Studies on the mouth parts a Comparative anatomy of the proboscis in the blood-sucking muscidae - Number 60
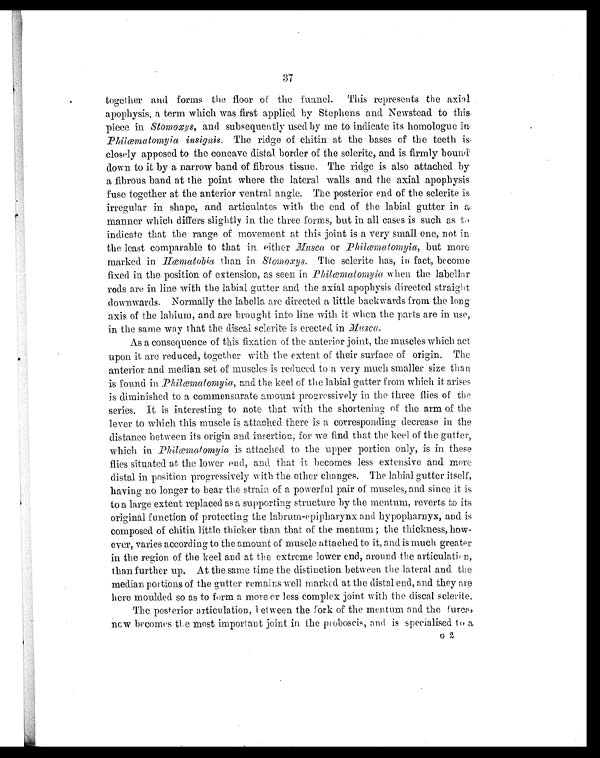
37
together and forms the floor of the funnel. This represents the axial
apophysis, a term which was first applied by Stephens and Newstead to this,
piece in Stomoxys , and subsequently used by me to indicate its homologue in-
Philæmatomyia insignis. The ridge of chitin at the bases of the teeth is.
closely apposed to the concave distal border of the sclerite, and is firmly bound.
down to it by a narrow band of fibrous tissue. The ridge is also attached by
a fibrous band at the point where the lateral walls and the axial apophysis
fuse together at the anterior ventral angle. The posterior end of the sclerite
i s
irregular in shape, and articulates with the end of the labial gutter in a.
manner which differs slightly in the three forms, but in all cases is such as to
indicate that the range of movement at this joint is a very small one, not in
the least comparable to that in either Musca or Philæmatomyia , but more
marked in Hæmatobia than in Stomoxys. The sclerite has, in fact, become
fixed in the position of extension, as seen in Philæmatomyia when the labeller
rods are in line with the labial gutter and the axial apophysis directed straight
downwards. Normally the labella are directed a little backwards from the long
axis of the labium, and are brought into line with it when the parts are in use,.
in the same way that the discal sclerite is erected in Musca.
As a consequence of this fixation of the anterior joint, the muscles which act.
upon it are reduced, together with the extent of their surface of origin. The
anterior and median set of muscles is reduced to a very much smaller size than
is found in Philæmatomyia , and the keel of the labial gutter from which it arises
is diminished to a commensurate amount progressively in the three flies of the
series. it is interesting to note that with the shortening of the arm of the
lever to which this muscle is attached there is a corresponding decrease in the
distance between its origin and insertion, for we find that the keel of the gutter,
which in Philæmatomyia is attached to the upper portion only, is in these
flies situated at the lower end, and that it becomes less extensive and more
distal in position progressively with the other changes. The labial gutter itself,
having no longer to bear the strain of a powerful pair of muscles, and since it is
to a large extent replaced as a supporting structure by the mentum, reverts to its
original function of protecting the labrum-epipharynx and hypopharnyx, and is
composed of chitin little thicker than that of the mentum ; the thickness, how-
ever, varies according to the amount of muscle attached to it, and is much greater
in the region of the keel and at the extreme lower end, around the articulation ,
than further up. At the same time the distinction between the lateral and the
median, portions of the gutter remains well marked at the distal end, and they are
here moulded so as to form a more or less complex joint with the discal sclerite.
The posterior articulation, between the fork of the mentum and the furca,
new becomes the most important joint in the proboscis, and is specialised to a
G 2